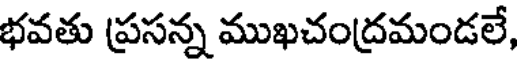
భవతు ప్రసన్న ముఖచంద్రమండలే,